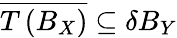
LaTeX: {\overline{{T\left(B_{X}\right)}}}\subseteq\delta B_{Y}